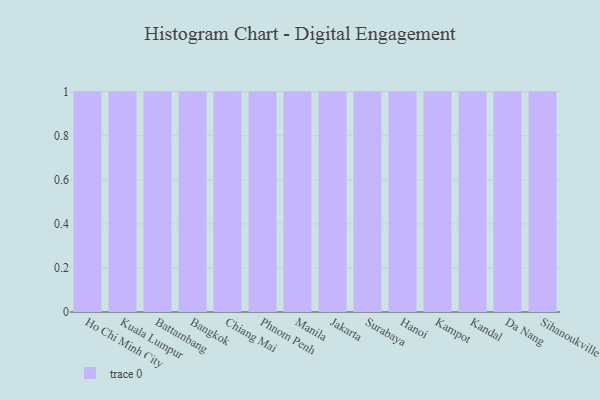
{"axis": {"x": "City", "y": "Churn Rate (%)"}, "legend": [""], "data": [{"x": "Ho Chi Minh City", "y": 81, "type": ""}, {"x": "Kuala Lumpur", "y": 98, "type": ""}, {"x": "Battambang", "y": 67, "type": ""}, {"x": "Bangkok", "y": 47, "type": ""}, {"x": "Chiang Mai", "y": 25, "type": ""}, {"x": "Phnom Penh", "y": 79, "type": ""}, {"x": "Manila", "y": 74, "type": ""}, {"x": "Jakarta", "y": 13, "type": ""}, {"x": "Surabaya", "y": 31, "type": ""}, {"x": "Hanoi", "y": 6, "type": ""}, {"x": "Kampot", "y": 26, "type": ""}, {"x": "Kandal", "y": 91, "type": ""}, {"x": "Da Nang", "y": 14, "type": ""}, {"x": "Sihanoukville", "y": 70, "type": ""}]}